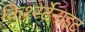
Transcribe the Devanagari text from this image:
किर्श्स्टेनाइट